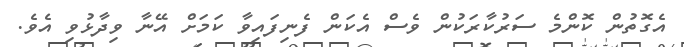
އެގޮތުން ކޮންމެ ސަރުކާރަކުން ވެސް އެކަން ފެނިފައިވާ ކަމަށް އޭނާ ވިދާޅުވި އެވެ.